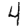
Digit: 4